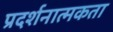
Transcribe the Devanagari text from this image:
प्रदर्शनात्मकता